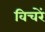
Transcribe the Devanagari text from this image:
विचरें